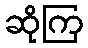
ဆိုကြ